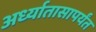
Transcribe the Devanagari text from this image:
अर्ध्यातासापर्यंत